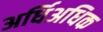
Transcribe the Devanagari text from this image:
अर्धिअधिक